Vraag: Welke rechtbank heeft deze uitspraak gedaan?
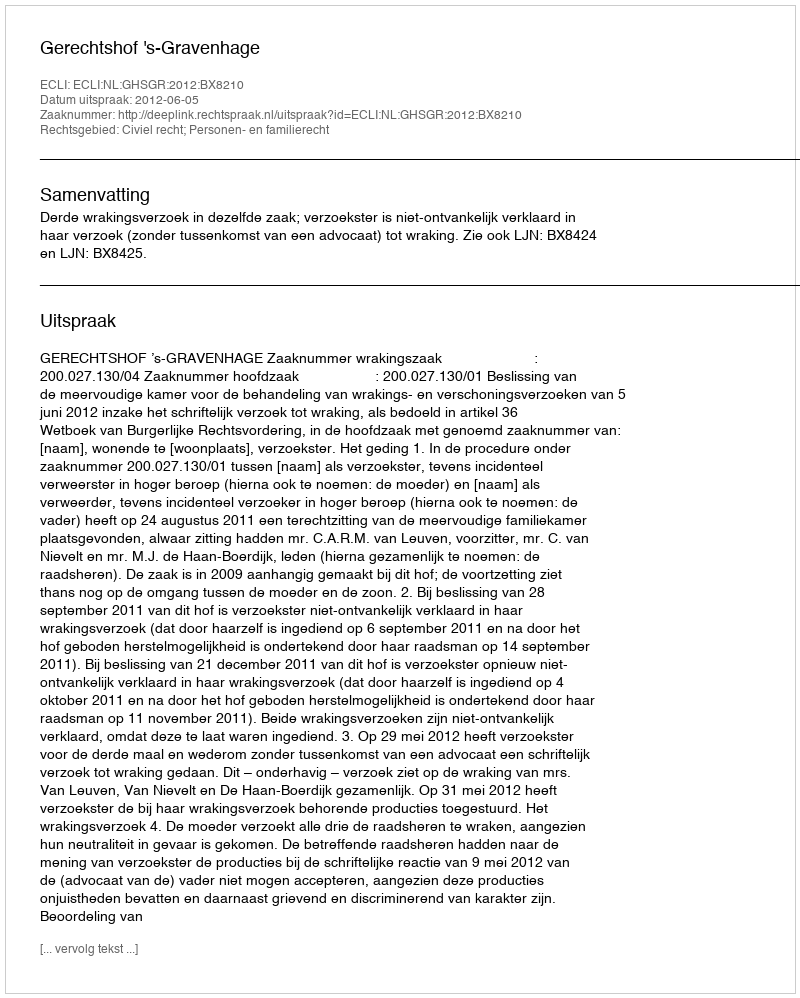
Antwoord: Gerechtshof 's-Gravenhage